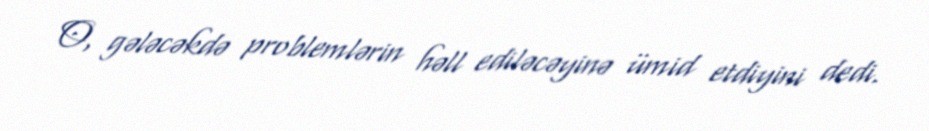
O, gələcəkdə problemlərin həll ediləcəyinə ümid etdiyini dedi.